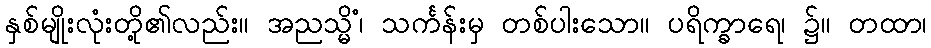
နှစ်မျိုးလုံးတို့၏လည်း။ အညသ္မိံ၊ သင်္ကန်းမှ တစ်ပါးသော။ ပရိက္ခာရေ၊ ၌။ တထာ၊